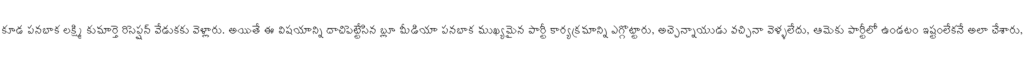
కూడ పనబాక లక్ష్మి కుమార్తె రిసెప్షన్ వేడుకకు వెళ్లారు. అయితే ఈ విషయాన్ని దాచిపెట్టేసిన బ్లూ మీడియా పనబాక ముఖ్యమైన పార్టీ కార్యక్రమాన్ని ఎగ్గొట్టారు, అచ్చెన్నాయుడు వచ్చినా వెళ్ళలేదు, ఆమెకు పార్టీలో ఉండటం ఇష్టంలేకనే అలా చేశారు,